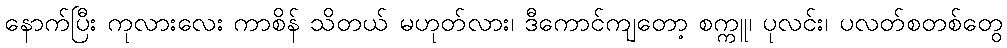
နောက်ပြီး ကုလားလေး ကာစိန် သိတယ် မဟုတ်လား၊ ဒီကောင်ကျတော့ စက္ကူ၊ ပုလင်း၊ ပလတ်စတစ်တွေ